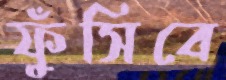
ফুঁসিবে